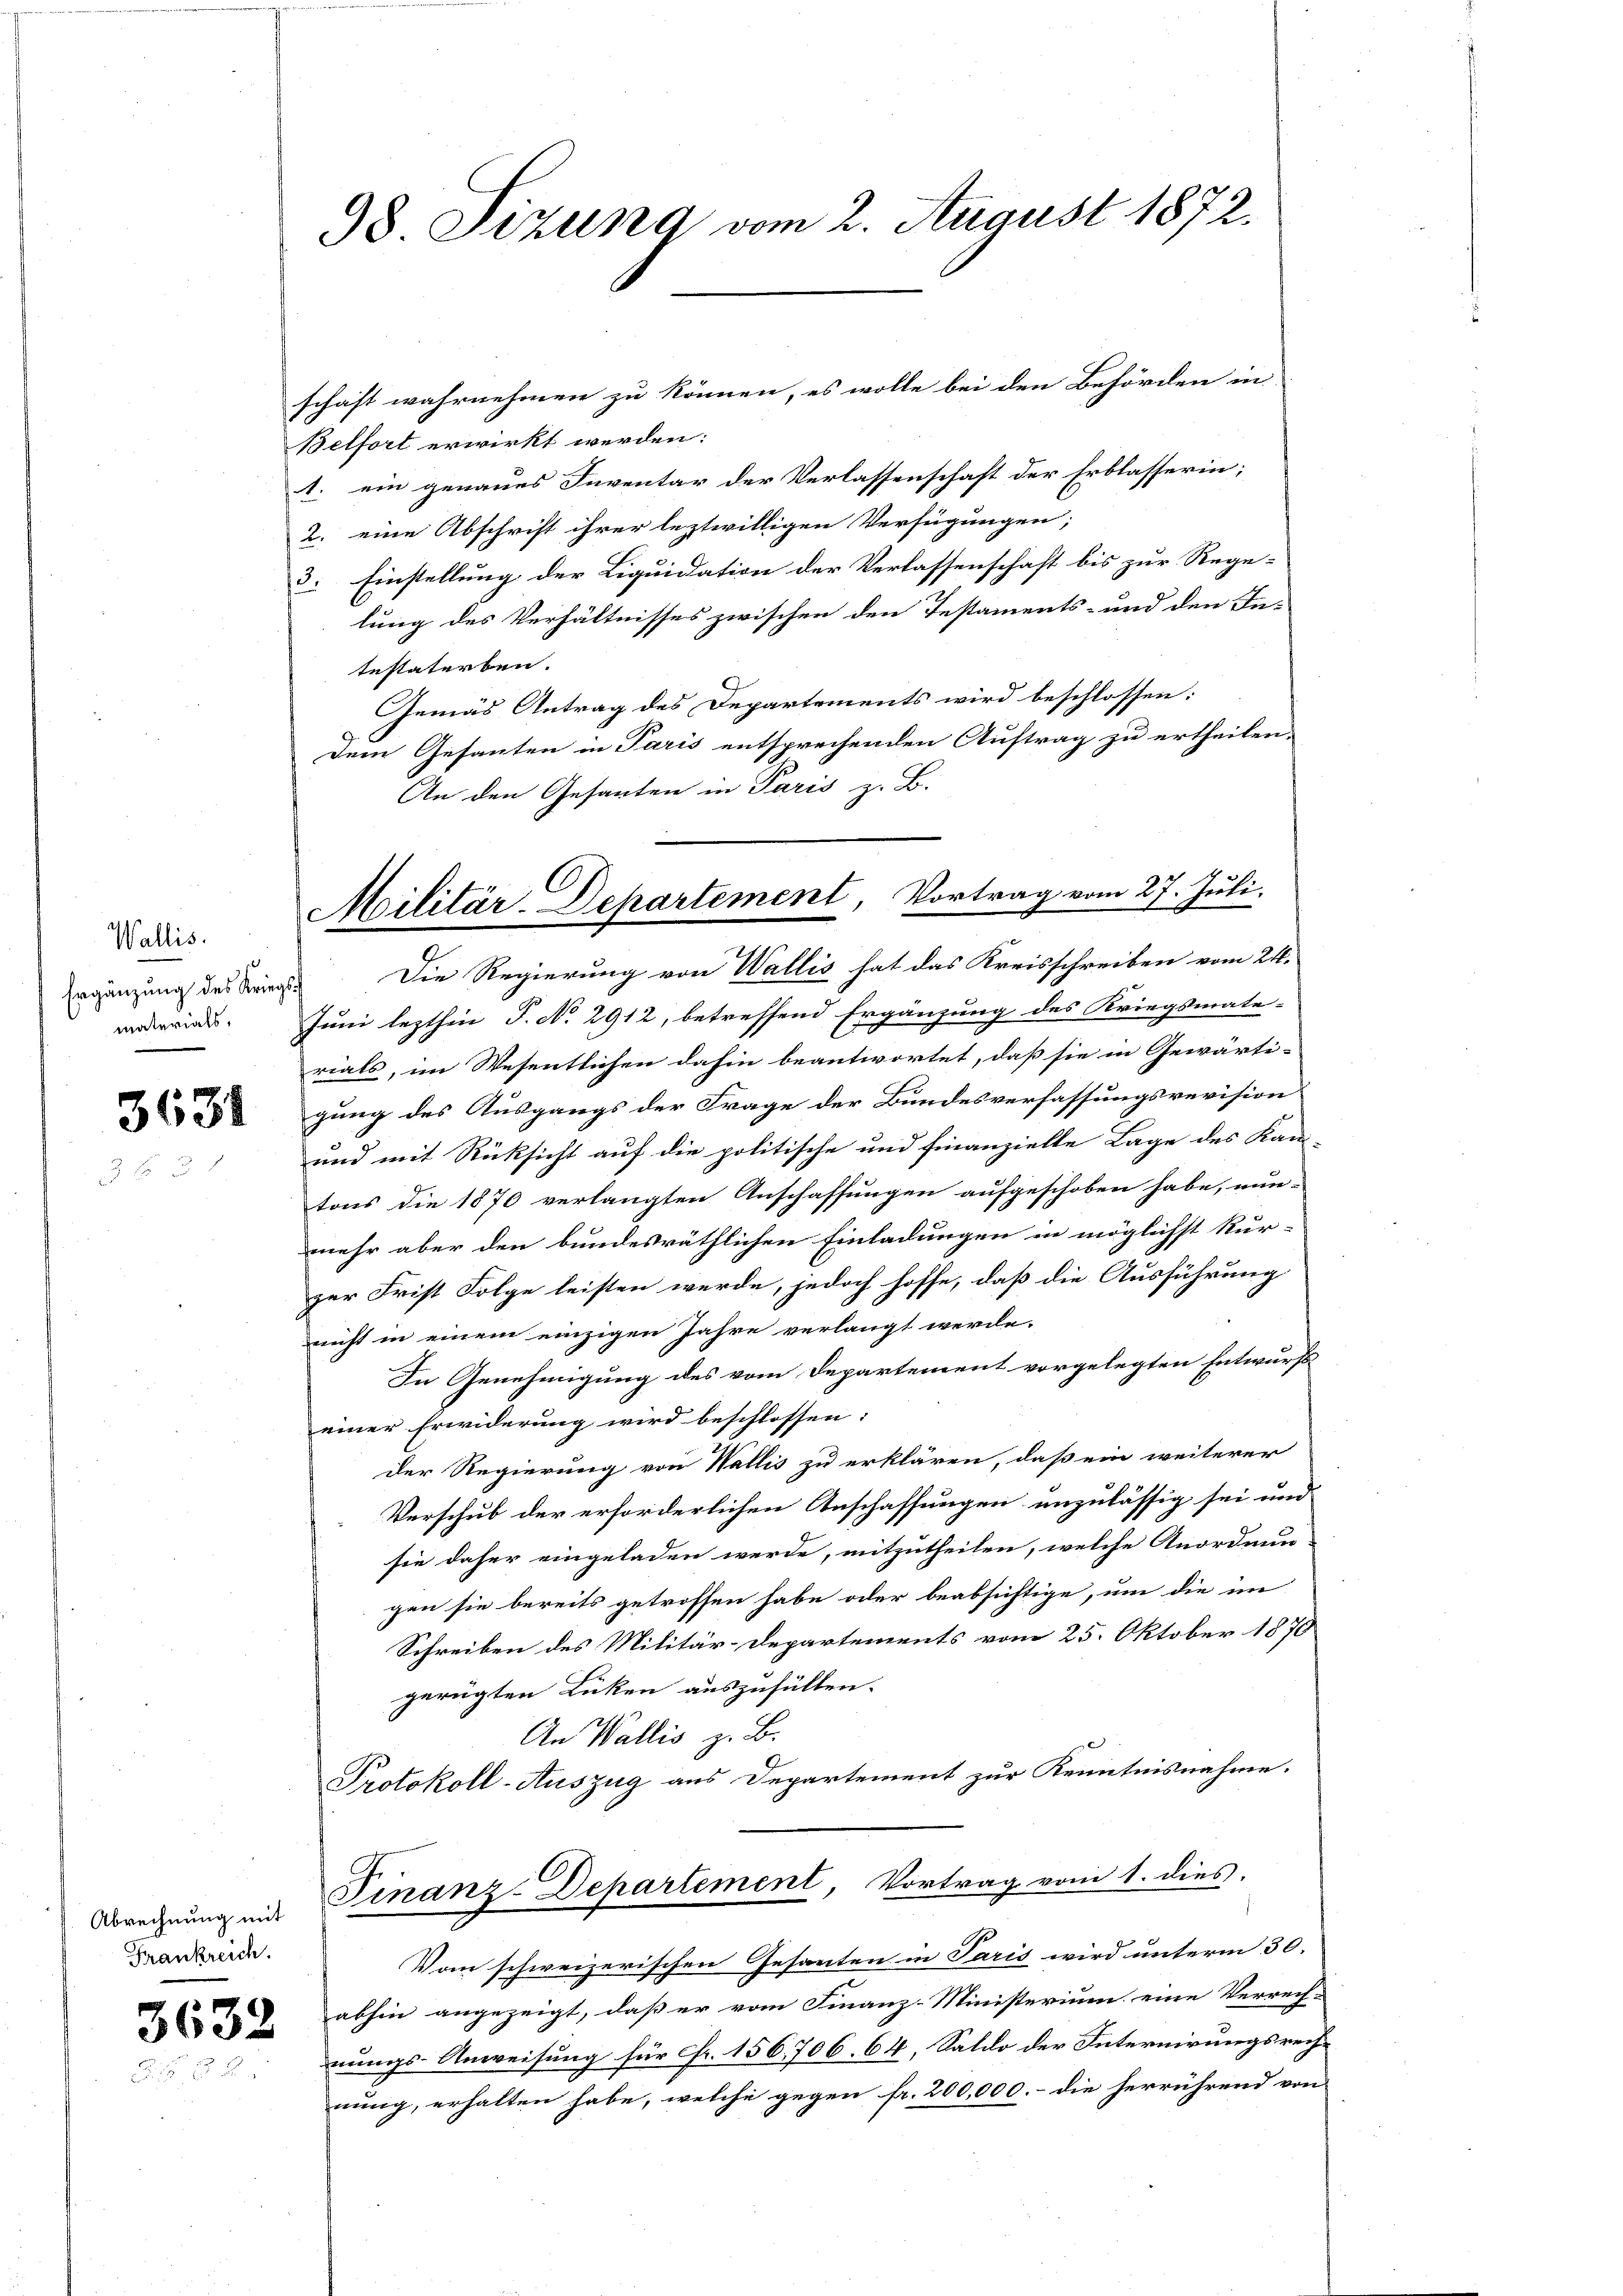
Wallis.
Ergänzung des Kriegsmaterials,

3631

Abrechnung mit
Frankreich.

3632

98. Sitzung vom 2. August 1872.

Militär-Departement, Vortrag vom 27. Juli.

schaft wahrnehmen zu können, es wolle bei den Behörden in
Belfort erwirkt werden:
1. ein genaues Inventar der Verlassenschaft der Erblasserin;
2. eine Abschrift ihrer leztwilligen Verfügungen;
3. Einstellung der Liquidation der Verlassenschaft bis zur Rege-
lung des Verhältnisses zwischen den Testaments- und den Intestaterben.
Gemäs Antrag des Departements wird beschlossen:
Dem Gesanten in Paris entsprechenden Auftrag zu ertheilen.
An den Gesanten in Paris z. B.
Die Regierung von Wallis hat das Kreisschreiben vom 24.
Juni lezthin P. No. 2912, betreffend Ergänzung des Kriegsmate-
rials, im Wesentlichen dahin beantwortet, daß sie in Gewärti-
gung des Ausgangs der Frage der Bundesverfassungsrevision
und mit Rücksicht auf die politische und finanzielle Lage des Kan-
tons die 1870 verlangten Anschaffungen aufgeschoben habe, nun-
mehr aber den bundesräthlichen Einladungen in möglichst kur-
zur Frist Folge leisten werde, jedoch hoffe, daß die Ausführung
nicht in einem einzigen Jahre verlangt werde.
In Genehmigung des vom Departement vorgelegten Entwurfs
einer Erwiderung wird beschlossen:
der Regierung von Wallis zu erklären, daß ein weiterer
Verschub der erforderlichen Anschaffungen unzulässig sei und
sie daher eingeladen werde, mitzutheilen, welche Anordnun-
gen sie bereits getroffen habe oder beabsichtige, um die im
Schreiben des Militär-Departements vom 25. Oktober 1870
gerügten Lücken auszufüllen.
An Wallis z. B.
Protokoll-Auszug aus Departement zur Kenntnisnahme.
Finanz-Departement Vortrag vom 1. dies
Vom schweizerischen Gesanten in Paris wird unterm 30.
abhin angezeigt, daß er vom Finanz-Ministerium eine Verrech-
nungs-Anweisung für Fr. 156,706. 64, Saldo der Internirungsrechnung, erhalten habe, welche gegen fr. 200,000.- die herrührend von